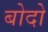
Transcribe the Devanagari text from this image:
बोदो